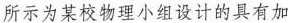
所示为某校物理小组设计的具有加